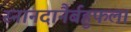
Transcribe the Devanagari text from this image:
स्नानदानैर्बहुफला